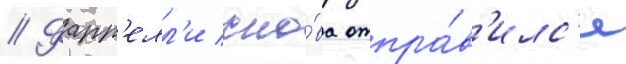
// Фарр'елл'и сно́ва отпра́в'илс'я